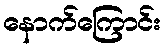
နောက်ကြောင်း